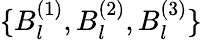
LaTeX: \{ B_{l}^{(1)},B_{l}^{(2)},B_{l}^{(3)}\}